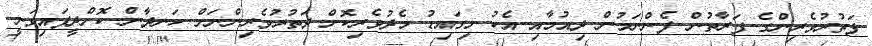
ފަތުރުވެރިންގެ ފަރާތުން ފެންނަމުން ދިއުމާއި އެކު މިގައިޑު މެދުވެރިކޮށް ދަތުރުވެރިންނަށް ހަނދާން ކޮށްދީފައިވަނީ